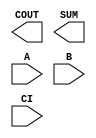
/**
 * Copyright 2020 The SkyWater PDK Authors
 *
 * Licensed under the Apache License, Version 2.0 (the "License");
 * you may not use this file except in compliance with the License.
 * You may obtain a copy of the License at
 *
 *     https://www.apache.org/licenses/LICENSE-2.0
 *
 * Unless required by applicable law or agreed to in writing, software
 * distributed under the License is distributed on an "AS IS" BASIS,
 * WITHOUT WARRANTIES OR CONDITIONS OF ANY KIND, either express or implied.
 * See the License for the specific language governing permissions and
 * limitations under the License.
 *
 * SPDX-License-Identifier: Apache-2.0
 */

`ifndef SKY130_FD_SC_LP__FAH_BLACKBOX_V
`define SKY130_FD_SC_LP__FAH_BLACKBOX_V

/**
 * fah: Full adder.
 *
 * Verilog stub definition (black box without power pins).
 *
 * WARNING: This file is autogenerated, do not modify directly!
 */

`timescale 1ns / 1ps
`default_nettype none

(* blackbox *)
module sky130_fd_sc_lp__fah (
    COUT,
    SUM ,
    A   ,
    B   ,
    CI
);

    output COUT;
    output SUM ;
    input  A   ;
    input  B   ;
    input  CI  ;

    // Voltage supply signals
    supply1 VPWR;
    supply0 VGND;
    supply1 VPB ;
    supply0 VNB ;

endmodule

`default_nettype wire
`endif  // SKY130_FD_SC_LP__FAH_BLACKBOX_V